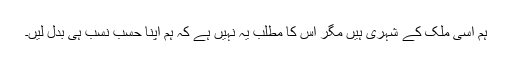
ہم اسی ملک کے شہری ہیں مگر اس کا مطلب یہ نہیں ہے کہ ہم اپنا حسب نسب ہی بدل لیں۔